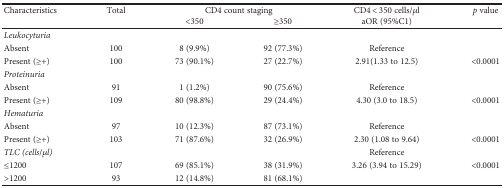
<table><thead><tr><td><b>Characteristics</b></td><td><b>Total</b></td><td colspan="2"><b>CD4 count staging</b></td><td><b>CD4 &lt; 350 cells/<i>μ</i>l</b></td><td><b><i>p</i> value</b></td></tr><tr><td></td><td></td><td><b>&lt;350</b></td><td><b>≥350</b></td><td><b>aOR (95%C1)</b></td><td></td></tr></thead><tbody><tr><td colspan="6"><i>Leukocyturia</i></td></tr><tr><td>Absent</td><td>100</td><td>8 (9.9%)</td><td>92 (77.3%)</td><td>Reference</td><td></td></tr><tr><td>Present (≥+)</td><td>100</td><td>73 (90.1%)</td><td>27 (22.7%)</td><td>2.91(1.33 to 12.5)</td><td>&lt;0.0001</td></tr><tr><td colspan="6"><i>Proteinuria</i></td></tr><tr><td>Absent</td><td>91</td><td>1 (1.2%)</td><td>90 (75.6%)</td><td>Reference</td><td></td></tr><tr><td>Present (≥+)</td><td>109</td><td>80 (98.8%)</td><td>29 (24.4%)</td><td>4.30 (3.0 to 18.5)</td><td>&lt;0.0001</td></tr><tr><td colspan="6"><i>Hematuria</i></td></tr><tr><td>Absent</td><td>97</td><td>10 (12.3%)</td><td>87 (73.1%)</td><td>Reference</td><td></td></tr><tr><td>Present (≥+)</td><td>103</td><td>71 (87.6%)</td><td>32 (26.9%)</td><td>2.30 (1.08 to 9.64)</td><td>&lt;0.0001</td></tr><tr><td><i>TLC (cells/μl)</i></td><td></td><td></td><td></td><td>Reference</td><td></td></tr><tr><td>≤1200</td><td>107</td><td>69 (85.1%)</td><td>38 (31.9%)</td><td>3.26 (3.94 to 15.29)</td><td>&lt;0.0001</td></tr><tr><td>&gt;1200</td><td>93</td><td>12 (14.8%)</td><td>81 (68.1%)</td><td></td><td></td></tr></tbody></table>